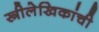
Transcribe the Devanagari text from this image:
स्त्रीलेखिकांची